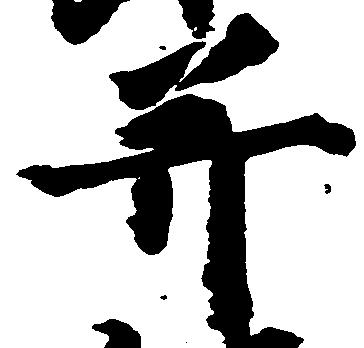
并